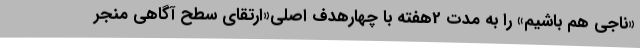
«ناجی هم باشیم» را به مدت 2هفته با چهارهدف اصلی«ارتقای سطح آگاهی منجر